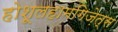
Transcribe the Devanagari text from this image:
होशूलहामगिज़ेत्स